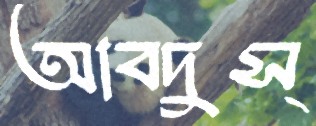
আবদুস্